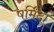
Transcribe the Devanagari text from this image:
षर्मिंदा